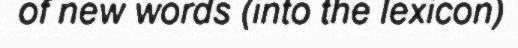
of new words (into the lexicon)